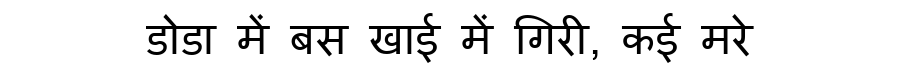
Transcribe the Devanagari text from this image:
डोडा में बस खाई में गिरी, कई मरे